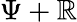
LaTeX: \Psi+\mathbb{R}